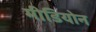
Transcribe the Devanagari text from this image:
मीडियोन